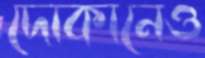
দোকানেও